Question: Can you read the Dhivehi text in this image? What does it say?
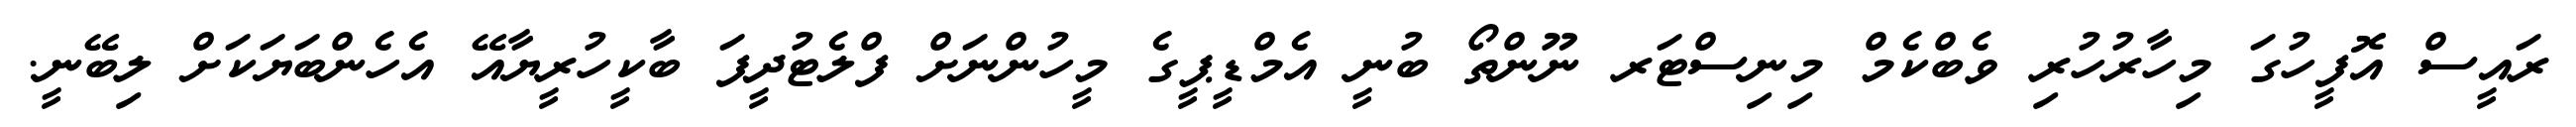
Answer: ރައީސް އޮފީހުގަ މިހާރުހުރި ވެބްކެމް މިނިސްޓަރ ނޫންތޯ ބުނީ އެމްޑީޕީގެ މީހުންނަށް ފްލެޓުދީފަ ބާކީހުރީޔާއޭ އެހެންބަޔަކަށް ލިބޭނީ.